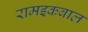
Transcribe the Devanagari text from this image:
रामइकबाल